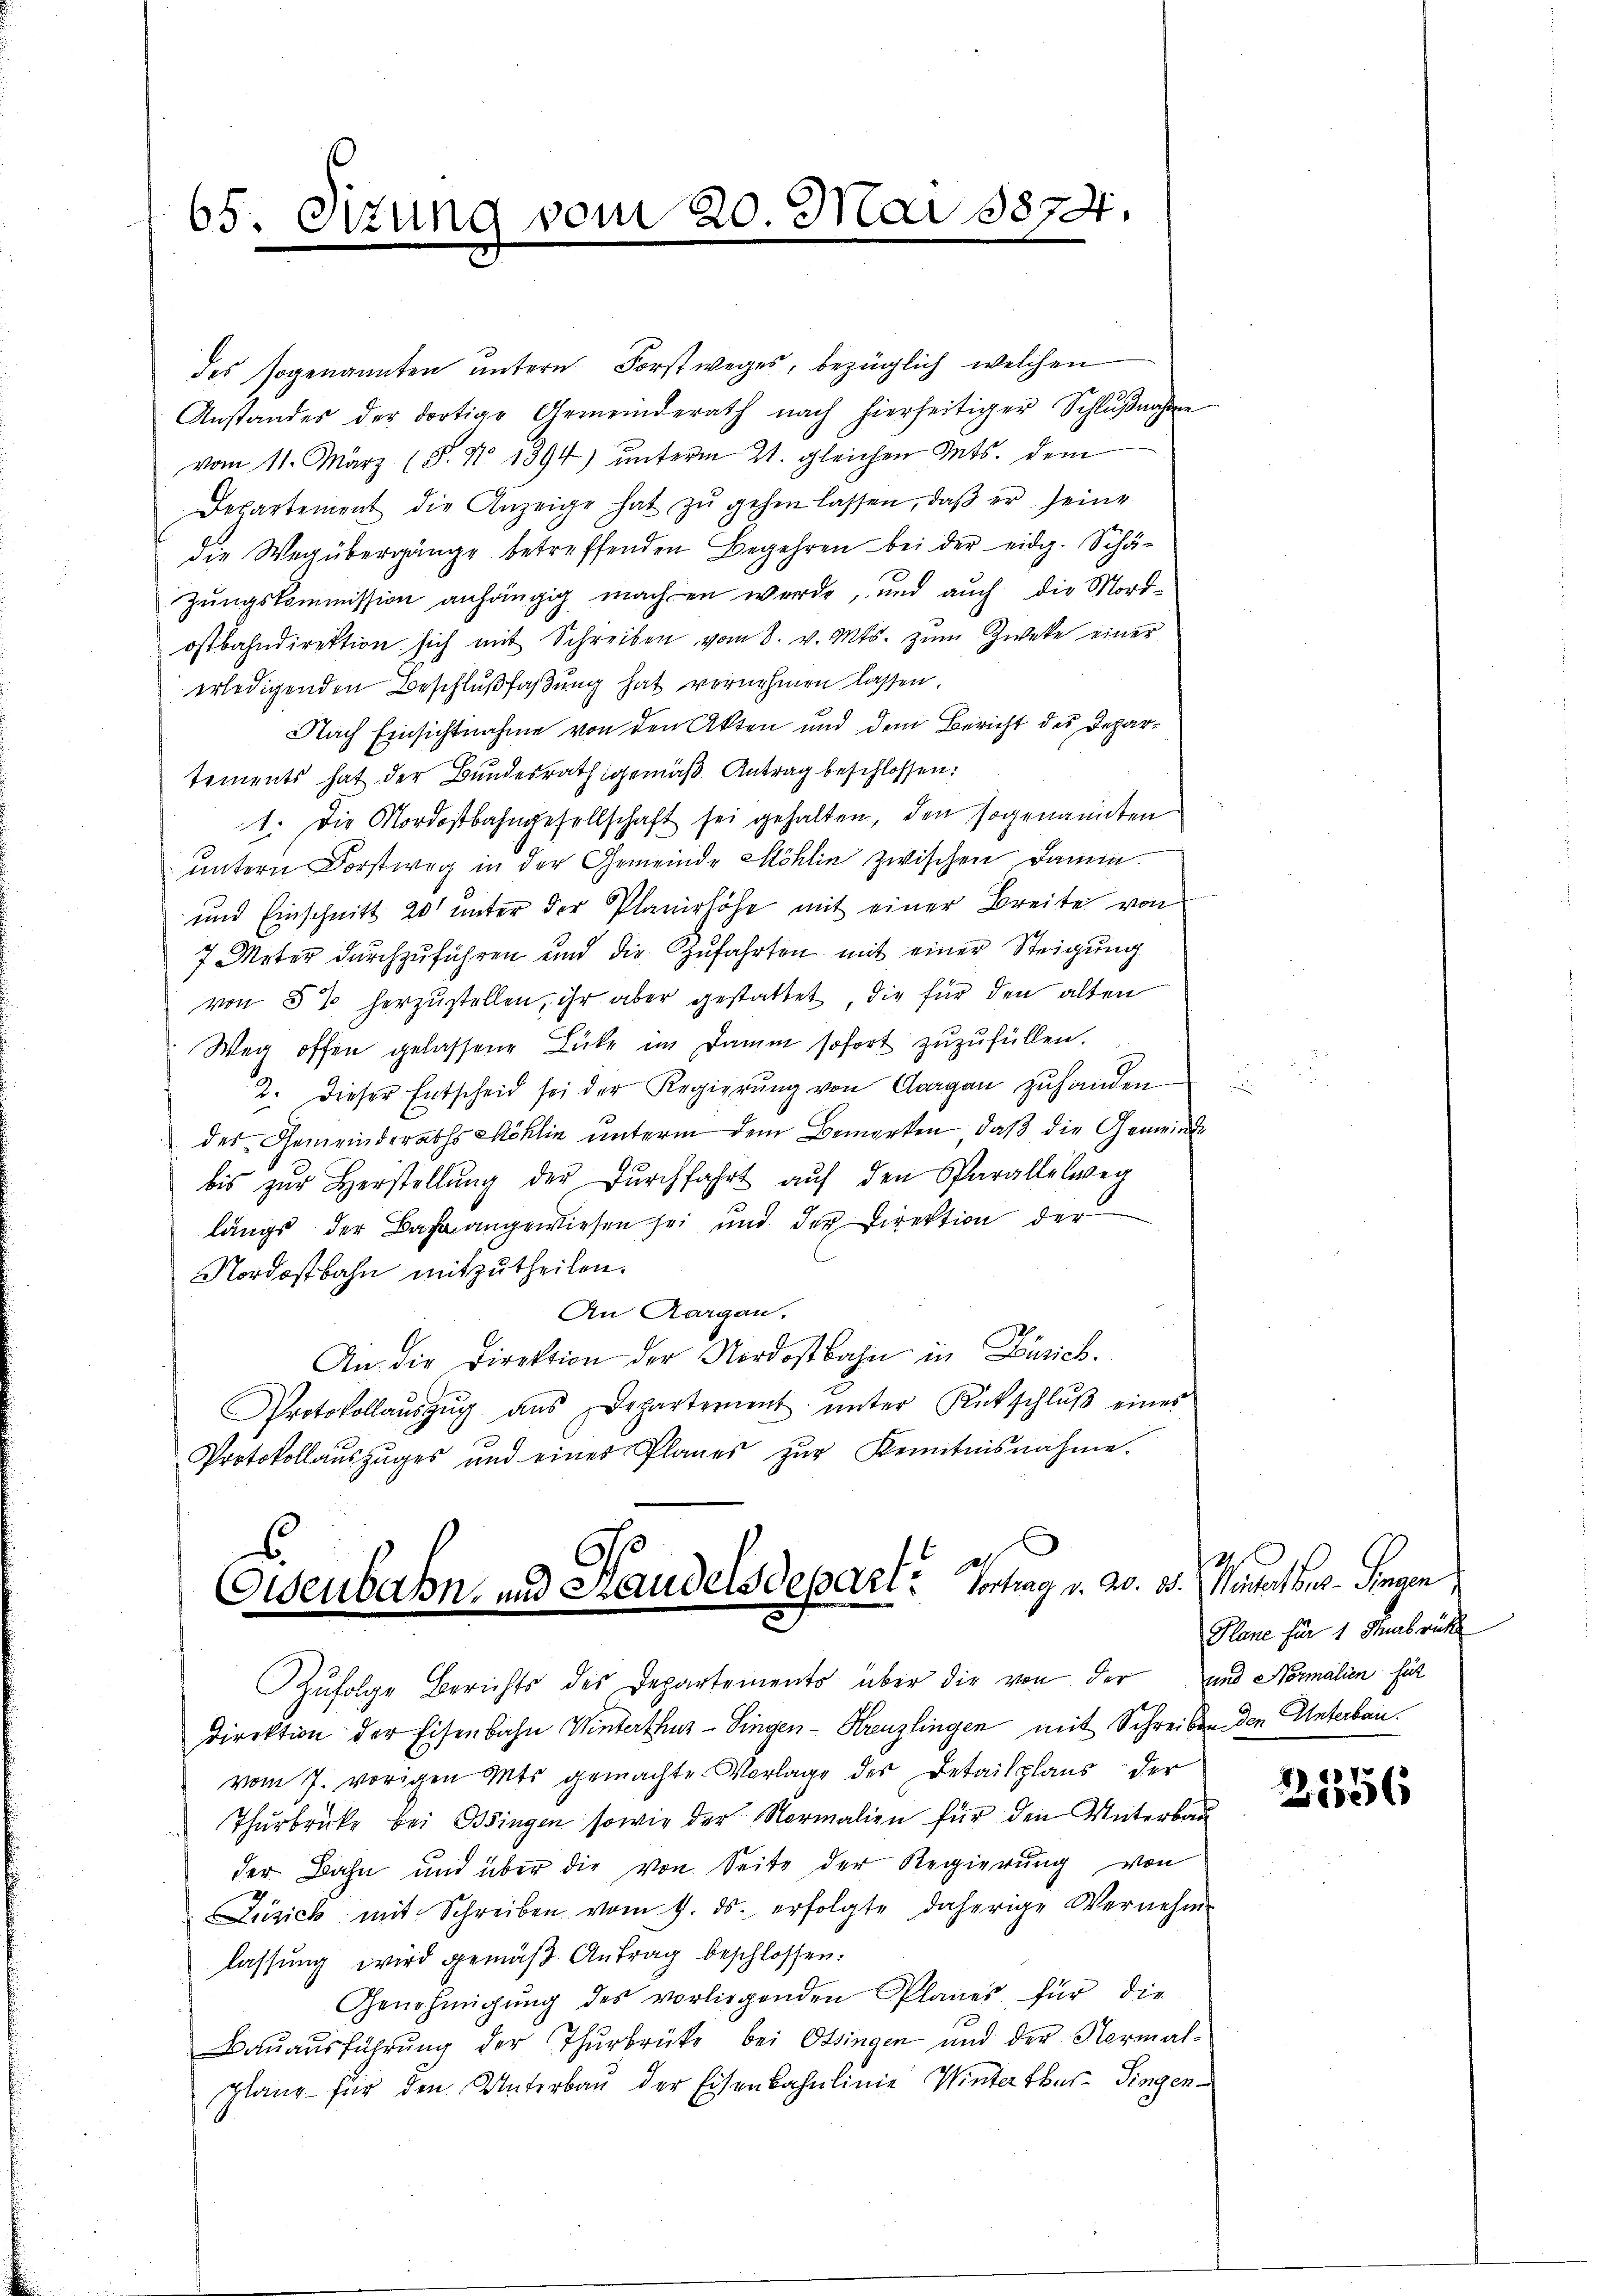
65. Etzung vom 20. Mai 1874.

des sogenannten untern Forstweges, bezüglich, welchen
Anstandes der dortige Gemeinderath nach hierseitiger Schlŭβnahme
vom 11. März (S. No 1394) unterm 21. gleichen Mts. dem
Departement die Anzeige hat zŭ gehen lassen, daβ er seine
die Wegübergänge betreffenden Begehren bei der eidg. Schäzungskommission anhängig machen werde, und auch die Mordostbahndirektion sich mit Schreiben vom 8. v. Mts. zum Zweke einer
erledigenden Beschlußfaßung hat vernehmen lassen.
Nach Einsichtnahme von den Akten und dem Bericht des Departements hat der Bundesrath gemäß Antrag beschlossen:
1. Die Nordostbahngesellschaft sei gehalten, den sogenannten
untern Dorstweg in der Gemeinde Möhlin zwischen Damia.
und Einschnitt 20 unter der Planirhöhe mit einer Breite von
7 Meter dŭrchzŭführen und die Zŭfahrten mit einer Steigung
von 5% herzŭstellen, ihr aber gestattet, die für den alten
Weg offen gelassene Lücke im Damm sofort zuzufüllen.
2. dieser Entscheid sei der Regierŭng von Aargau zŭ handen
des Gemeinderaths Möhlin unterm dem Bemerken, daß die Gemeinde
bis zŭr Herstellŭng der Dŭrchfahrt auf den Sparallelweg
längs der Bahnangewiesen sei und der Direktion der
Nordostbahn mitzutheilen.
An Aargau.
An die Direktion der Nordostbahn in Zürich.
Protokollaŭszŭg ans Departement ŭnter Rückschlŭβ eines
Protokollauszuges und eines Planes zŭr Kenntnisnahme.

Eisenbahn- und Handelsdepart. Vortrag v. 20.

Zufolge Berichts des Departements über die von der und Normalien hät
direktion der Eisenbahn Winterthur–Singen-Kreuzlingen mit Schreiben den Unterbauvom 7. vorigen Mts gemachte Vorlage des Detailplaus der
Thŭrbrücke bei Ossingen sowie der Normalien für den Unterbau
der Bahn und über die von Seite der Regierung von
Zusich mit Schreiben vom 9. ds. erfolgte daherige Vernehm
lassŭng wird gemäβ Antrag beschlossen:
Genehmigung des vorliegenden Planes, für die
Baŭaŭsführŭng der Thurbrücke bei Ossingen und der Normal-
planz für den Unterbau der Eisenbahnlinie Winterthur. Singen

d. Haselber. Sinnen.
Plane für 1 Mabrüche

7
8
206